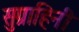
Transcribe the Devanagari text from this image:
सुग्राहिनी